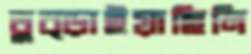
তুব্‌ড়াইয়াছিলি